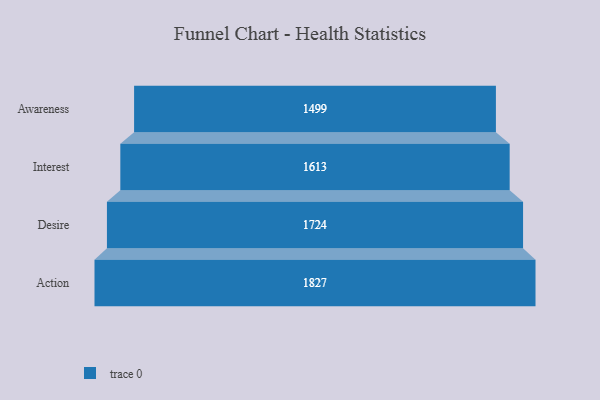
{"axis": {"x": "Stage", "y": "Value"}, "legend": [""], "data": [{"x": "Awareness", "y": 1499.0, "type": ""}, {"x": "Interest", "y": 1613.0, "type": ""}, {"x": "Desire", "y": 1724.0, "type": ""}, {"x": "Action", "y": 1827.0, "type": ""}]}